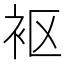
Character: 𫋲